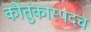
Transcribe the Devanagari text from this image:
कौतुकास्पदच